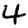
Digit: 4